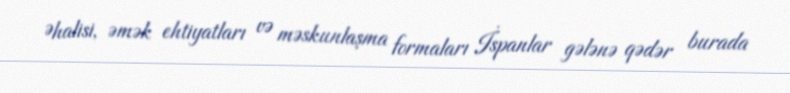
Əhalisi, əmək ehtiyatları və məskunlaşma formaları İspanlar gələnə qədər burada